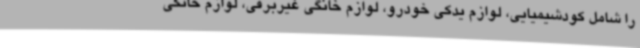
را شامل کودشیمیایی، لوازم یدکی خودرو، لوازم خانگی غیربرقی، لوازم خانگی